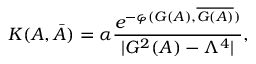
{ \cal K } ( A , \bar { A } ) = \alpha { \frac { e ^ { - \varphi ( { \cal G } ( A ) , \overline { { { { \cal G } ( A ) } } } ) } } { | { \cal G } ^ { 2 } ( A ) - \Lambda ^ { 4 } | } } ,